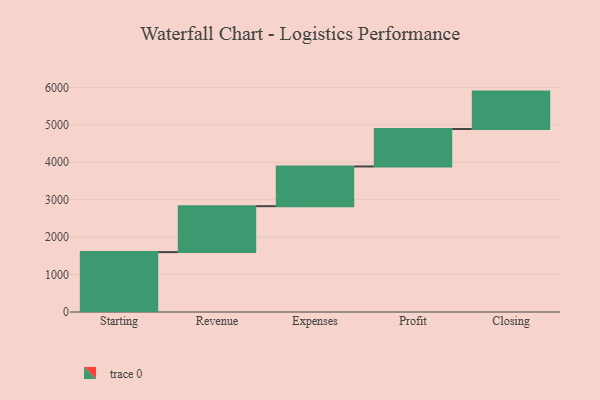
{"axis": {"x": "Step", "y": "Value"}, "legend": [""], "data": [{"x": "Starting", "y": 1600.0, "type": ""}, {"x": "Revenue", "y": 1227.0, "type": ""}, {"x": "Expenses", "y": 1061.0, "type": ""}, {"x": "Profit", "y": 1000, "type": ""}, {"x": "Closing", "y": 1000, "type": ""}]}